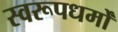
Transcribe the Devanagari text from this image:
स्वरूपधर्मों